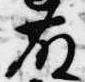
藤